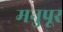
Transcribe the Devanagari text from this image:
मनुपूर